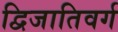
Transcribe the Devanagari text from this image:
द्विजातिवर्ग